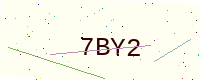
Text: 7BY2